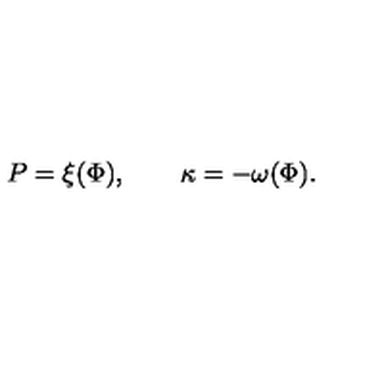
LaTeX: P = \xi ( \Phi ) , \qquad \kappa = - \omega ( \Phi ) .